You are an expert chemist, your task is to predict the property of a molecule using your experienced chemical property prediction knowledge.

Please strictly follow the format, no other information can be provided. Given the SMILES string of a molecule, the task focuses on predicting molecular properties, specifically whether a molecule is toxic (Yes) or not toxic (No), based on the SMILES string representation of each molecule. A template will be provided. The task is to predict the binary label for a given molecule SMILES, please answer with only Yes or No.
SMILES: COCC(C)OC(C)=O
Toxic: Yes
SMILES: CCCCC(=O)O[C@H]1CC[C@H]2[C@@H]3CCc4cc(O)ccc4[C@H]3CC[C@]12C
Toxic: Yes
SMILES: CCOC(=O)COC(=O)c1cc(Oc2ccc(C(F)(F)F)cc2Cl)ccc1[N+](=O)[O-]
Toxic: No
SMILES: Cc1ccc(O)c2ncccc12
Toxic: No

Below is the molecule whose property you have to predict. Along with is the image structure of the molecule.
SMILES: Brc1cc2ccccc2c2ccccc12
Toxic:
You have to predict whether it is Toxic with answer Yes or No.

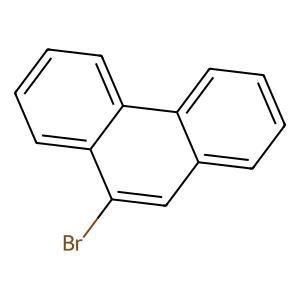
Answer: No